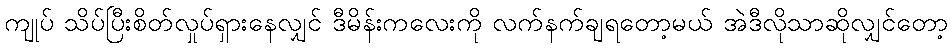
ကျုပ် သိပ်ပြီးစိတ်လှုပ်ရှားနေလျှင် ဒီမိန်းကလေးကို လက်နက်ချရတော့မယ် အဲဒီလိုသာဆိုလျှင်တော့